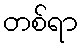
တစ်ရာ